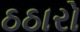
ઠઠારો